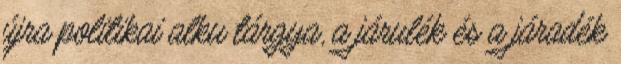
újra politikai alku tárgya, a járulék és a járadék